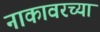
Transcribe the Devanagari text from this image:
नाकावरच्या